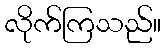
လိုက်ကြသည်။